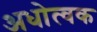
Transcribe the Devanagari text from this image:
अधोत्वक